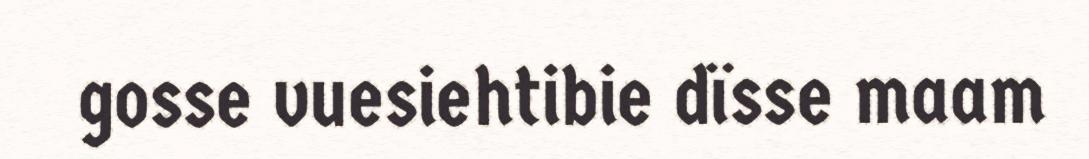
gosse vuesiehtibie dïsse maam